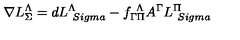
\nabla L _ { \Sigma } ^ { \Lambda } = d L _ { \ S i g m a } ^ { \Lambda } - f _ { \Gamma \Pi } ^ { \ \Lambda } A ^ { \Gamma } L _ { \ S i g m a } ^ { \Pi }